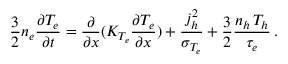
\frac { 3 } { 2 } n _ { e } \frac { \partial T _ { e } } { \partial t } = \frac { \partial } { \partial x } ( K _ { T _ { e } } \frac { \partial T _ { e } } { \partial x } ) + \frac { j _ { h } ^ { 2 } } { \sigma _ { T _ { e } } } + \frac { 3 } { 2 } \frac { n _ { h } \, T _ { h } } { \tau _ { e } } \, .